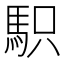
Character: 𩢢